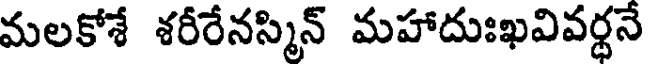
మలకోశే శరీరేనస్మిన్ మహాదుఃఖవివర్థనే